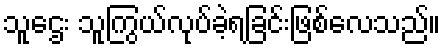
သူဌေး သူကြွယ်လုပ်ခဲ့ရခြင်းဖြစ်လေသည်။